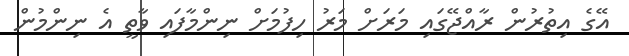
އޭގެ އިތުރުން ރާއްޖޭގައި މަރަށް މަރު ހިފުމަށް ނިންމާފައި ވާތީ އެ ނިންމުން